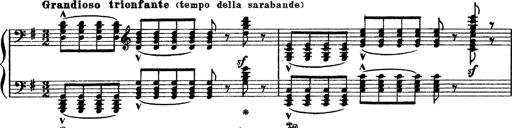
Title: Sarabande und Chaconne aus dem Singspiel
Composer: Franz Liszt